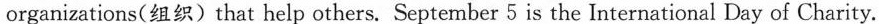
organizations(组织) that help others. September 5 is the International Day of Charity.